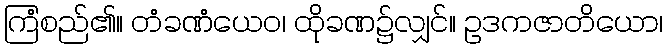
ကြံစည်၏။ တံခဏံယေဝ၊ ထိုခဏ၌လျှင်။ ဥဒကဇာတိယော၊